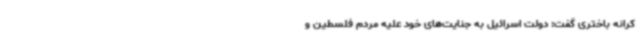
کرانه باختری گفت: دولت اسرائیل به جنایت‌های خود علیه مردم فلسطین و